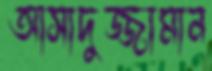
আসাদুজ্জামান